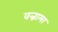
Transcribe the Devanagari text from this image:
वन्नामा